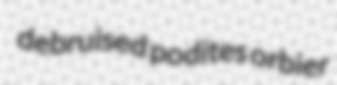
debruised podites orbier